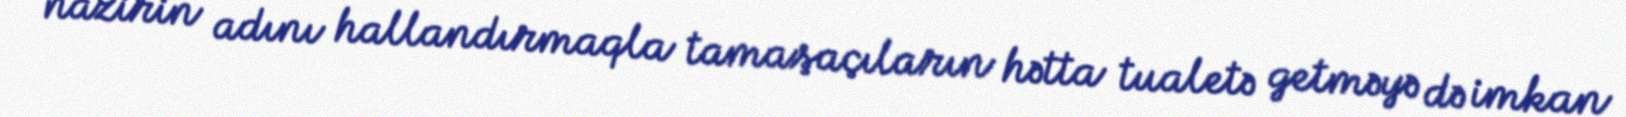
nazirin adını hallandırmaqla tamaşaçıların hətta tualetə getməyə də imkan